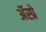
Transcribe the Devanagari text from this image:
ॲस्प्रे